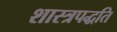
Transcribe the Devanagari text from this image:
शास्त्रपद्धति